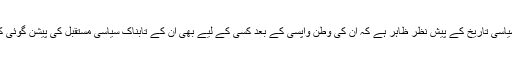
اس نوعیت کی سیاسی تاریخ کے پیش نظر ظاہر ہے کہ ان کی وطن واپسی کے بعد کسی کے لیے بھی ان کے تابناک سیاسی مستقبل کی پیشن گوئی کرنا نا ممکن تھا۔